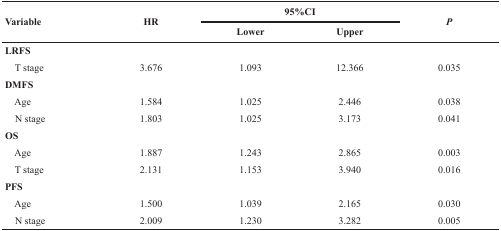
<table><thead><tr><td rowspan="2"><b>Variable</b></td><td rowspan="2"><b>HR</b></td><td colspan="2"><b>95%CI</b></td><td rowspan="2"><b><i>P</i></b></td></tr><tr><td><b>Lower</b></td><td><b>Upper</b></td></tr></thead><tbody><tr><td><b>LRFS</b></td><td></td><td></td><td></td><td></td></tr><tr><td> T stage</td><td>3.676</td><td>1.093</td><td>12.366</td><td>0.035</td></tr><tr><td><b>DMFS</b></td><td></td><td></td><td></td><td></td></tr><tr><td> Age</td><td>1.584</td><td>1.025</td><td>2.446</td><td>0.038</td></tr><tr><td> N stage</td><td>1.803</td><td>1.025</td><td>3.173</td><td>0.041</td></tr><tr><td><b>OS</b></td><td></td><td></td><td></td><td></td></tr><tr><td> Age</td><td>1.887</td><td>1.243</td><td>2.865</td><td>0.003</td></tr><tr><td> T stage</td><td>2.131</td><td>1.153</td><td>3.940</td><td>0.016</td></tr><tr><td><b>PFS</b></td><td></td><td></td><td></td><td></td></tr><tr><td> Age</td><td>1.500</td><td>1.039</td><td>2.165</td><td>0.030</td></tr><tr><td> N stage</td><td>2.009</td><td>1.230</td><td>3.282</td><td>0.005</td></tr></tbody></table>